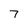
Character: 7